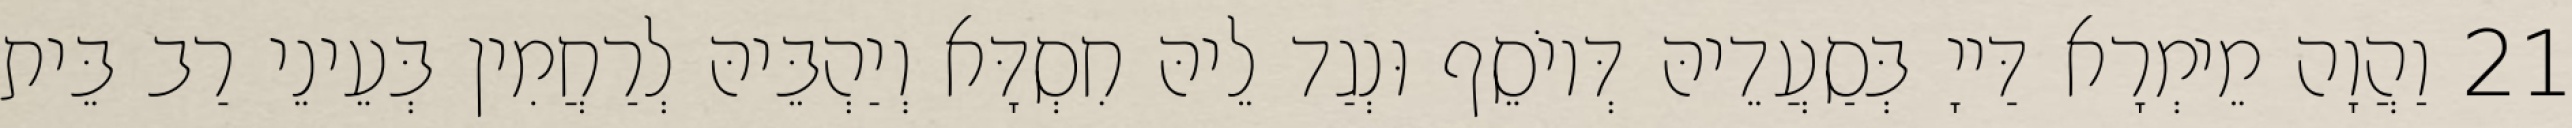
21 וַהֲוָה מֵימְרָא דַּייָ בְּסַעֲדֵיהּ דְּיוֹסֵף וּנְגַד לֵיהּ חִסְדָּא וְיַהְבֵּיהּ לְרַחֲמִין בְּעֵינֵי רַב בֵּית